Report of an investigation of the epidemic of malarial fever in Assam, or, kala-azar
Disease focus: Malaria
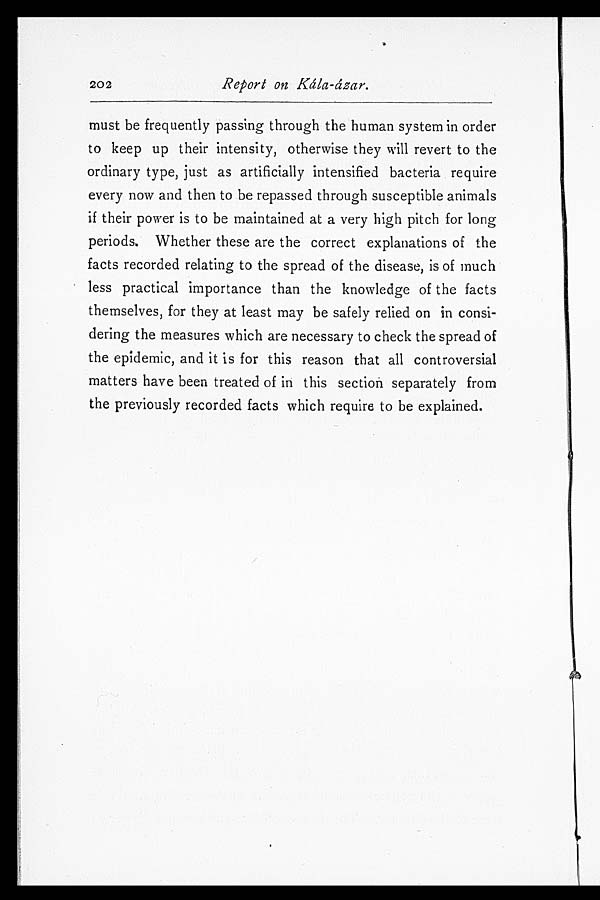
202
Report on Kála-ázar.
must be frequently passing through the human system in order
to keep up their intensity, otherwise they will revert to the
ordinary type, just as artificially intensified bacteria require
every now and then to be repassed through susceptible animals
if their power is to be maintained at a very high pitch for long
periods. Whether these are the correct explanations of the
facts recorded relating to the spread of the disease, is of much
less practical importance than the knowledge of the facts
themselves, for they at least may be safely relied on in consi-
dering the measures which are necessary to check the spread of
the epidemic, and it is for this reason that all controversial
matters have been treated of in this section separately from
the previously recorded facts which require to be explained.